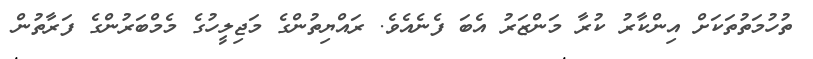
ތުހުމަތުތަކަށް އިންކާރު ކުރާ މަންޒަރު އެބަ ފެނެއެވެ. ރައްޔިތުންގެ މަޖިލީހުގެ މެމްބަރުންގެ ފަރާތުން